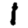
Digit: 1